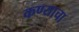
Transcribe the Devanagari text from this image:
कण्याचा